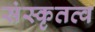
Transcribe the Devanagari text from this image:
संस्कृतत्व